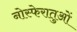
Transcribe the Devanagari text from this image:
नोस्फेरातुओं